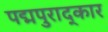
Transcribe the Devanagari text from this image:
पद्मपुराद्कार